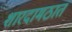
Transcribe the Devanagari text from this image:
शारदामठात